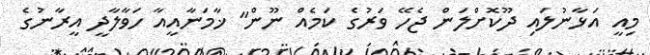
މިއީ އަޅާނުލައި ދޫކޮށްލަން ޖެހޭ ވަރުގެ ކަމެއް ނޫން" ޚާމަނާއީއާ ހަވާލާދީ އީރާނުގެ